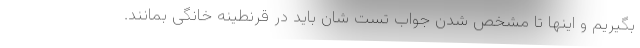
بگیریم و اینها تا مشخص شدن جواب تست شان باید در قرنطینه خانگی بمانند.